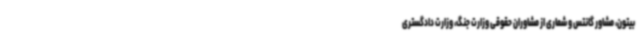
بیتون، مشاور گانتس و شماری از مشاوران حقوقی وزارت جنگ، وزارت دادگستری